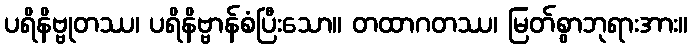
ပရိနိဗ္ဗုတဿ၊ ပရိနိဗ္ဗာန်စံပြီးသော။ တထာဂတဿ၊ မြတ်စွာဘုရားအား။